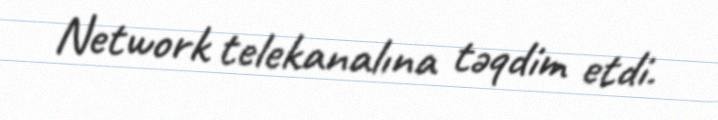
Network telekanalına təqdim etdi.